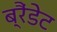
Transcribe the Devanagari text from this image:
ब्रैंडेट